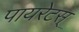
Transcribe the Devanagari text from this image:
पायरेटस्